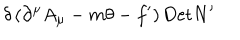
LaTeX: \delta \left( \partial ^ { \mu } A _ { \mu } - m \theta - f ^ { \prime } \right) \mathrm { D e t } N ^ { \prime }